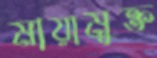
মায়ামুক্ত